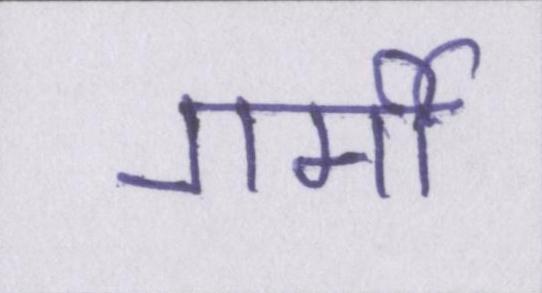
गर्मी